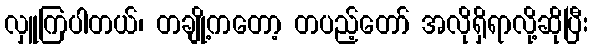
လှူကြပါတယ်၊ တချို့ကတော့ တပည့်တော် အလိုရှိရာလို့ဆိုပြီး